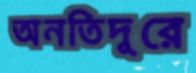
অনতিদূরে